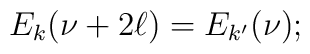
E_k(\nu+2\ell) = E_{k'}(\nu);